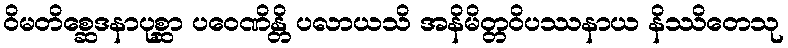
ဝိမတိစ္ဆေဒနာပုစ္ဆာ ပဝေဏိန္တိ ပလာယသိ အနိမိတ္တဝိပဿနာယ နိဿိတေသု